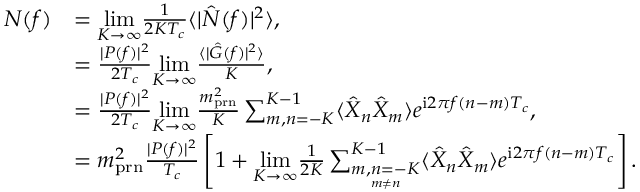
\begin{array} { r l } { N ( f ) } & { = \underset { K \rightarrow \infty } { \mathrm { l i m } } \frac { 1 } { 2 K T _ { c } } \langle | \hat { N } ( f ) | ^ { 2 } \rangle , } \\ & { = \frac { | P ( f ) | ^ { 2 } } { 2 T _ { c } } \underset { K \rightarrow \infty } { \mathrm { l i m } } \frac { \langle | \hat { G } ( f ) | ^ { 2 } \rangle } { K } , } \\ & { = \frac { | P ( f ) | ^ { 2 } } { 2 T _ { c } } \underset { K \rightarrow \infty } { \mathrm { l i m } } \frac { m _ { \mathrm { p r n } } ^ { 2 } } { K } \sum _ { m , n = - K } ^ { K - 1 } \langle \hat { X } _ { n } \hat { X } _ { m } \rangle e ^ { \mathrm { i } 2 \pi f ( n - m ) T _ { c } } , } \\ & { = m _ { \mathrm { p r n } } ^ { 2 } \frac { | P ( f ) | ^ { 2 } } { T _ { c } } \left[ 1 + \underset { K \rightarrow \infty } { \mathrm { l i m } } \frac { 1 } { 2 K } \sum _ { \underset { m \neq n } { m , n = - K } } ^ { K - 1 } \langle \hat { X } _ { n } \hat { X } _ { m } \rangle e ^ { \mathrm { i } 2 \pi f ( n - m ) T _ { c } } \right] . } \end{array}